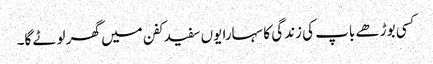
کسی بوڑھے باپ کی زندگی کا سہارا یوں سفید کفن میں گھر لوٹے گا۔